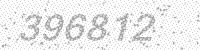
Solution: 396812